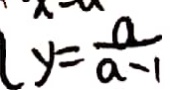
y = \frac { a } { a - 1 }